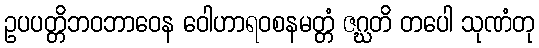
ဥပပတ္တိဘဝဘာဝေန ဝေါဟာရဝစနမတ္တံ ဇဂ္ဃတိ တပေါ သုဏံတု